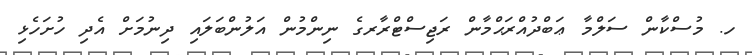
ހ. މުސްކާން ސަލްމާ ޢަބްދުއްރަޙްމާން ރަޖިސްޓްރާރގެ ނިންމުން އަލުންބަލައި ދިނުމަށް އެދި ހުށަހެޅި